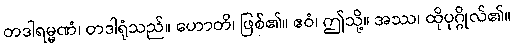
တဒါရမ္မဏံ၊ တဒါရုံသည်။ ဟောတိ၊ ဖြစ်၏။ ဧဝံ၊ ဤသို့။ အဿ၊ ထိုပုဂ္ဂိုလ်၏။